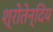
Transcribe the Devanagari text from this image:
श्रोतेन्दिय